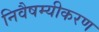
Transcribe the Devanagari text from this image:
निवैषम्यीकरण